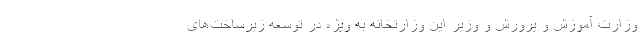
وزارت آموزش و پرورش و وزیر این وزارتخانه به ویژه در توسعه زیرساخت‌‌های